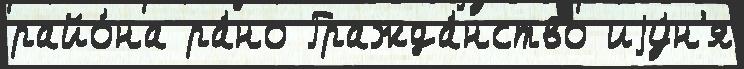
райо́на ра́но Гражда́нство иjу́н'я